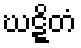
ဃဋ္ဋိတံ